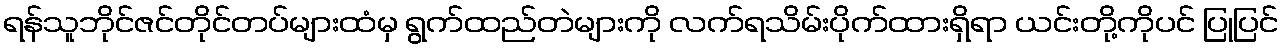
ရန်သူဘိုင်ဇင်တိုင်တပ်များထံမှ ရွက်ထည်တဲများကို လက်ရသိမ်းပိုက်ထားရှိရာ ယင်းတို့ကိုပင် ပြုပြင်